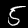
Label: 5